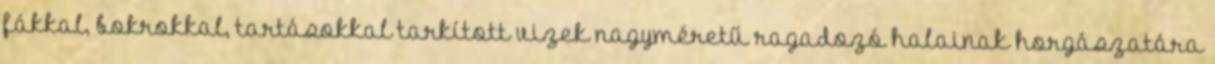
fákkal, bokrokkal, tartásokkal tarkított vizek nagyméretű ragadozó halainak horgászatára